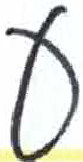
אות: ע